Medical and sanitary report of the native army of Madras for the year
Year: 1877
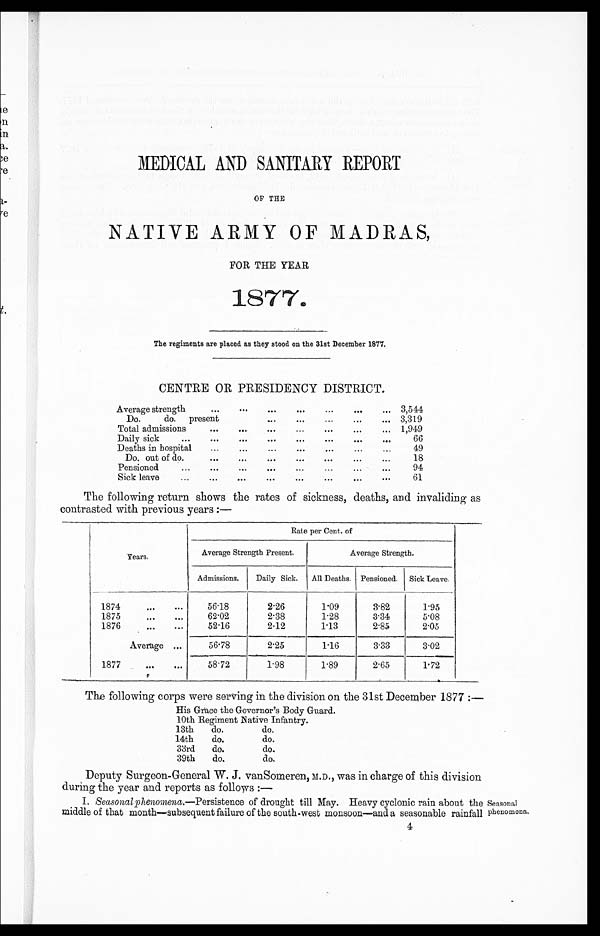
MEDICAL AND SANITARY REPORT
OF THE
NATIVE ARMY OF MADRAS,
FOR THE YEAR
1877.
The regiments are placed as they stood on the 31st December 1877.
CENTRE OR PRESIDENCY DISTRICT.
Average strength
...
...
...
...
...
... ... 3,544
Do.
do. present ... ...
...
...
...
... 3,319
Total admissions
...
... ..
...
...
...
... 1,949
Daily sick
...
... ...
...
...
...
...
...
66
Deaths in hospital
...
...
...
...
..
...
... 49
Do. out of do.
...
...
...
...
...
...
...
18
Pensioned
...
... ...
... ... ... ... ...
94
Sick leave... ... ...
...
...
...
...
...
61
The following return shows the rates of sickness, deaths, and invaliding as
contrasted with previous years :—
Years.
Rate per Cent, of
Average Strength Present.
Average Strength.
Admissions.
Daily Sick. All Deaths. Pensioned. Sick Leave.
1874
... ...
56.18
2.26
1.09
3.82
1.95
1875
...
...
62.02
2.38
1.28
3.34
5.08
1876
...
...
52.16
2.12
1.13
2.85
2.05
Average ...
56.78
2.25
1.16
3.33
3.02
1877
... ...
58.72
1.98
1.89
2.65
1.72
The following corps were serving in the division on the 31st December 1877.
His Grace the Governor's Body Guard.
10th Regiment Native Infantry.
13th
do.
do.
14th
do.
do.
33rd do.
do.
39th do.
do.
Deputy Surgeon-General W. J. vanSomeren, M.D., was in charge of this division
during the year and reports as follows :—
I. Seasonal phenomena .—Persistence of drought till May. Heavy cyclonic rain about the Seasonal
middle of that month—subsequent failure of the south-west monsoon—and a
seasonable rainfall phenomena
4